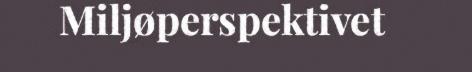
Miljøperspektivet